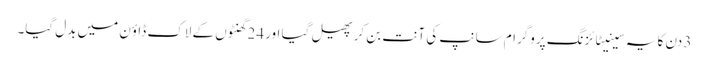
3 دن کا یہ سینیٹائزنگ پروگرام سانپ کی آنت بن کر پھیل گیا اور 24 گھنٹوں کے لاک ڈاؤن میں بدل گیا۔